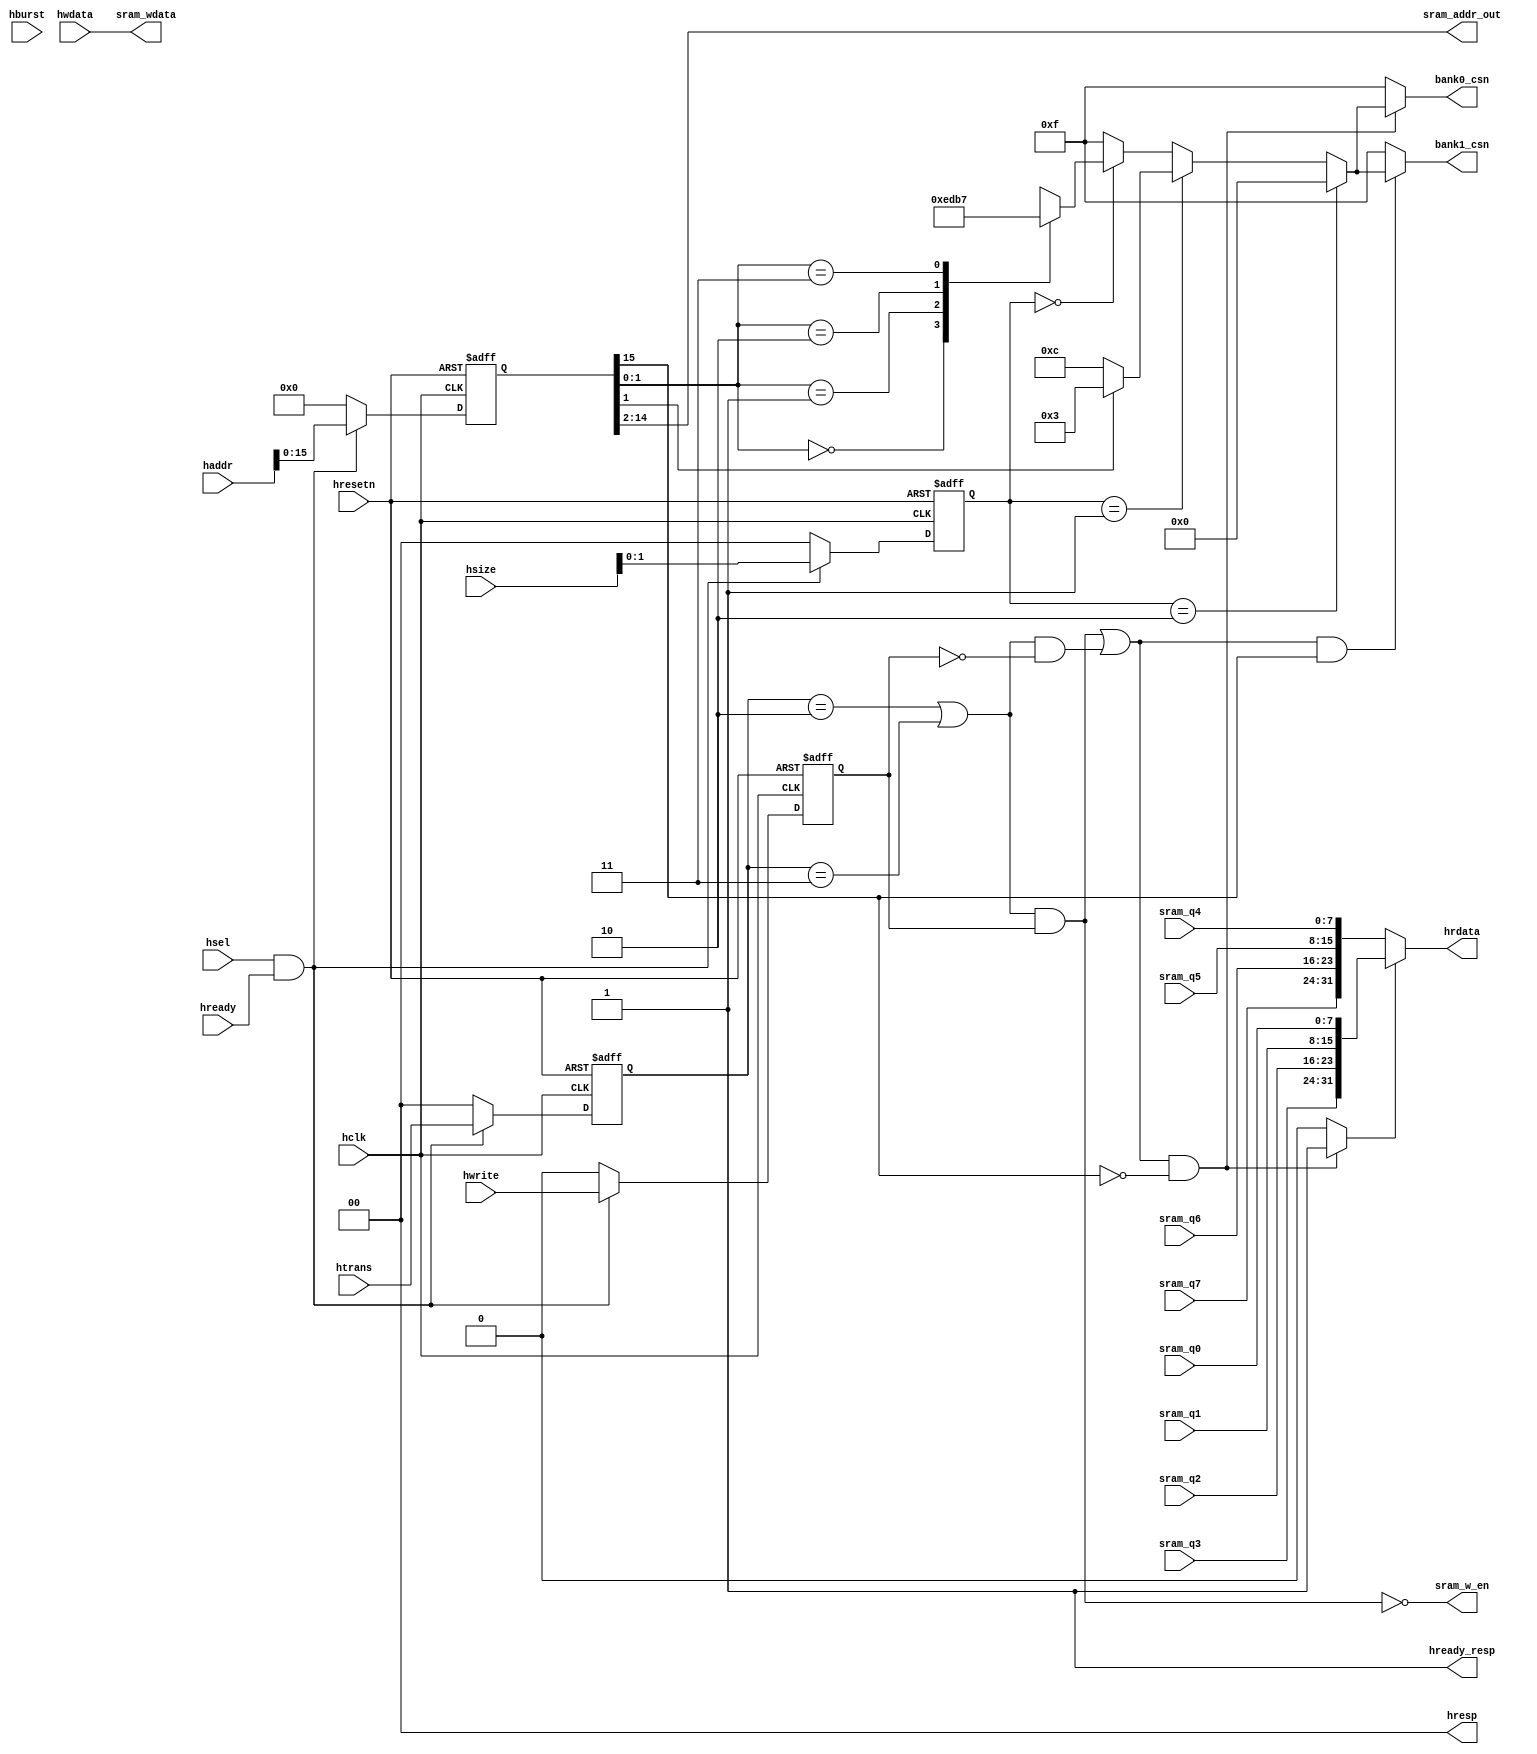

module ahb_slave_if(
        //input signals
        hclk,
		    hresetn,
		    hsel,
		    hwrite,
        hready,
		    hsize,
		    htrans,
		    hburst,
		    hwdata,
		    haddr,

        sram_q0,
        sram_q1,
        sram_q2,
        sram_q3,
        sram_q4,
        sram_q5,
        sram_q6,
        sram_q7,

        //output signals
		    hready_resp,
		    hresp,
		    hrdata,

		    sram_w_en,
        sram_addr_out,
        sram_wdata,
        bank0_csn,
        bank1_csn
        );
  //--------------------------------------------
  //              List of AHB signals
  //--------------------------------------------
  //Signals used during normal operation
  input hclk;
  input hresetn;

  //----------------------------------------------------
  //Signals from AHB bus used during normal operation
  //----------------------------------------------------
  input        hsel;
  input        hwrite;
  input        hready;
  input [2:0]  hsize ;    
  input [2:0]  hburst;
  input [1:0]  htrans;
  input [31:0] hwdata;
  input [31:0] haddr;

  //---------------------------------------------------
  //Signals from sram core data output(read srams)
  //---------------------------------------------------
  input [7:0] sram_q0;
  input [7:0] sram_q1;
  input [7:0] sram_q2;
  input [7:0] sram_q3;
  input [7:0] sram_q4;
  input [7:0] sram_q5;
  input [7:0] sram_q6;
  input [7:0] sram_q7;

  //---------------------------------------------------
  //Signals to AHB bus used during normal operation
  //---------------------------------------------------
  output        hready_resp;
  output [1:0]  hresp;
  output [31:0] hrdata;

  //---------------------------------------------------
  //sram read or write enable signals
  //When "sram_w_en" is low, it means write sram; and 
  //high, it means read sram. 
  //---------------------------------------------------
  output sram_w_en;

  //---------------------------------------------------
  //choose the right srams when bank is confirmed:
  //bank_csn allows the four bytes in the 32-bit width
  //to be written independently.
  //---------------------------------------------------
  output [3:0] bank0_csn; 
  output [3:0] bank1_csn; 

  //----------------------------------------------------
  //Signals to sram core in noraml operation, it contains
  //sram address and data writing into sram.
  //----------------------------------------------------
  output [12:0] sram_addr_out;
  output [31:0] sram_wdata;

  //-------------------------------------------------------
  //internal registers used for temp the input ahb signals
  //-------------------------------------------------------
  //temperate all the AHB input signals
  reg        hwrite_r;
  reg [2:0]  hsize_r ;    
  reg [2:0]  hburst_r;
  reg [1:0]  htrans_r;
  reg [31:0] haddr_r;

  reg [3:0] sram_csn; 
  
  //------------------------------------------------------
  //Internal signals
  //------------------------------------------------------
  //"haddr_sel " and "hsize_sel" used to generate banks of
  //sram: "bank0_sel" and "bank1_sel".
  wire [1:0] haddr_sel;
  wire [1:0] hsize_sel;
  wire       bank_sel;

  wire        sram_csn_en;  //sram chip select enable

  wire        sram_write; //sram write enable signal from AHB bus
  wire        sram_read;  //sram read enable signal from AHB bus
  wire [15:0] sram_addr; //sram address from AHB bus
  wire [31:0] sram_data_out;//data read from sram and send to AHB bus

  //---------------------------------------------------
  // transfer type signal encoding
  //----------------------------------------------------
  parameter     IDLE   = 2'b00,
                BUSY   = 2'b01,
		            NONSEQ = 2'b10,
		            SEQ    = 2'b11;

  //---------------------------------------------------------
  //        Main Code
  //---------------------------------------------------------


  //---------------------------------------------------------
  //  Combinatorial portion
  //---------------------------------------------------------

  //assign the response and read data of the ahb slave 
  //In order to implement the sram function-writing or reading
  //in one cycle, the value of hready_resp is always "1". 
  assign hready_resp = 1'b1;
  assign hresp  = 2'b00;
  
  //---------------------------------------------------------
  //sram data output to AHB bus
  //---------------------------------------------------------
  assign #2  hrdata = sram_data_out;

  //Generate sram write and read enable signals.
  assign sram_write = ((htrans_r == NONSEQ) || (htrans_r == SEQ)) && hwrite_r;
  assign sram_read =  ((htrans_r == NONSEQ) || (htrans_r == SEQ)) && (!hwrite_r);
  assign sram_w_en = !sram_write;

  //generate sram address
  assign sram_addr = haddr_r [15:0];
  assign sram_addr_out = sram_addr[14:2];

  //Generate bank select signals by the value of sram_addr[15].
  //Each bank(32kx32) comprises of four sram block(8kx8), and
  //the width of the address of the bank is 15 bits(14~0), so 
  //the sram_addr[15] is the minimun of the next bank. If its 
  //value is "1", it means the next bank is selected. 
  assign sram_csn_en = (sram_write || sram_read);
  assign bank_sel = (sram_csn_en && (sram_addr[15] == 1'b0)) ? 1'b1 : 1'b0;

  assign bank0_csn = (sram_csn_en && (sram_addr[15] == 1'b0)) ? sram_csn : 4'b1111;
  assign bank1_csn = (sram_csn_en && (sram_addr[15] == 1'b1)) ? sram_csn : 4'b1111;

  //Choose the right data output of the two banks(bank0, bank1) according
  //to the value of bank_sel. If bank_sel = 1'b1, bank0 sleceted, or 
  //bank1 selected.
  assign  sram_data_out = (bank_sel) ?  {sram_q3, sram_q2, sram_q1, sram_q0} :
                                        {sram_q7, sram_q6, sram_q5, sram_q4} ;
  
  //signals used to generating sram chip select signal in one bank.
  assign haddr_sel = sram_addr[1:0];
  assign hsize_sel = hsize_r [1:0];

  //-------------------------------------------------------
  //data from ahb writing into sram
  //-------------------------------------------------------
  assign sram_wdata = hwdata;
  
  //-------------------------------------------------------
  //Generate the sram chip selecting signals in one bank.
  //The resluts show the AHB bus write or read how many data
  //once a time: byte, halfword or word.
  //---------------------------------------------------------
  always@(hsize_sel or haddr_sel) 
  begin
    if(hsize_sel == 2'b10)
      sram_csn = 4'b0;
    else
    if(hsize_sel == 2'b01)
    begin
      if(haddr_sel[1] == 1'b0)
        sram_csn = 4'b1100;
      else
        sram_csn = 4'b0011;
    end
    else
    if(hsize_sel == 2'b00)
    begin
      case(haddr_sel)
        2'b00 : sram_csn = 4'b1110;
        2'b01 : sram_csn = 4'b1101;
        2'b10 : sram_csn = 4'b1011;
        2'b11 : sram_csn = 4'b0111;
        default : sram_csn = 4'b1111;
      endcase
    end
    else
      sram_csn = 4'b1111;
  end

  //--------------------------------------------------------
  //  Sequential portion
  //--------------------------------------------------------

  //tmp the ahb address and control signals
  always@(posedge hclk or negedge hresetn)
  begin
    if(!hresetn) 
    begin
      hwrite_r  <= 1'b0  ;
      hsize_r   <= 3'b0  ;  
      hburst_r  <= 3'b0  ; // can delete in the RTL ? reduce area & power & cost
      htrans_r  <= 2'b0  ;
      haddr_r   <= 32'b0 ;
    end
    else         
    if(hsel && hready)   
    begin
      hwrite_r  <= hwrite ;
      hsize_r   <= hsize  ;  
      hburst_r  <= hburst ;
      htrans_r  <= htrans ;
      haddr_r   <= haddr  ;
    end
    else                   
    begin
      hwrite_r  <= 1'b0  ;
      hsize_r   <= 3'b0  ;  
      hburst_r  <= 3'b0  ;
      htrans_r  <= 2'b0  ;
      haddr_r   <= 32'b0 ;
    end
  end

endmodule